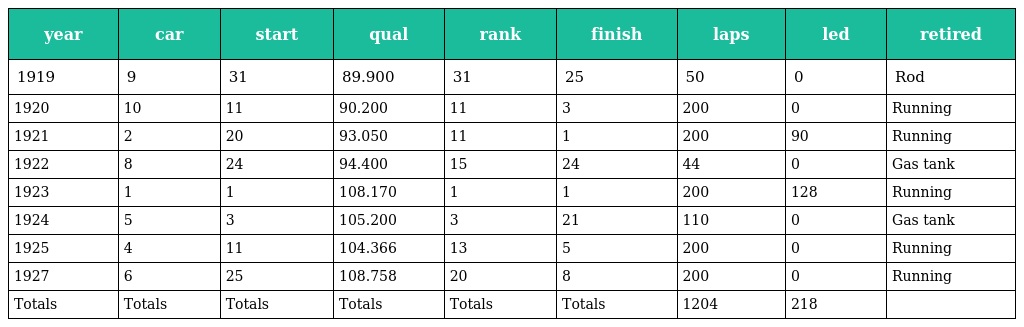
| year | car | start | qual | rank | finish | laps | led | retired |
 | --- | --- | --- | --- | --- | --- | --- | --- | --- |
 | 1919 | 9 | 31 | 89.900 | 31 | 25 | 50 | 0 | Rod |
 | 1920 | 10 | 11 | 90.200 | 11 | 3 | 200 | 0 | Running |
 | 1921 | 2 | 20 | 93.050 | 11 | 1 | 200 | 90 | Running |
 | 1922 | 8 | 24 | 94.400 | 15 | 24 | 44 | 0 | Gas tank |
 | 1923 | 1 | 1 | 108.170 | 1 | 1 | 200 | 128 | Running |
 | 1924 | 5 | 3 | 105.200 | 3 | 21 | 110 | 0 | Gas tank |
 | 1925 | 4 | 11 | 104.366 | 13 | 5 | 200 | 0 | Running |
 | 1927 | 6 | 25 | 108.758 | 20 | 8 | 200 | 0 | Running |
 | Totals | Totals | Totals | Totals | Totals | Totals | 1204 | 218 |  |